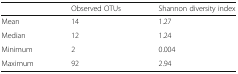
|  | Observed OTUs | Shannon diversity index |
 | --- | --- | --- |
 | Mean | 14 | 1.27 |
 | Median | 12 | 1.24 |
 | Minimum | 2 | 0.004 |
 | Maximum | 92 | 2.94 |